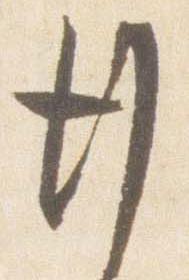
行